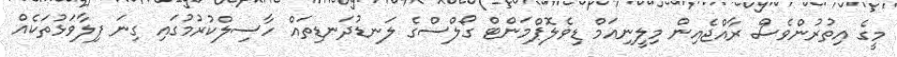
މީގެ އިތުރުންވެސް ރާއްޖެއިން މިލީނިއަމް ޑިވެލޮޕްމަންޓް ގޯލްސްގެ ލަނޑުދަނޑިތައް ހާސިލްކުރުމުގައި ގިނަ ފިލާވަޅުތަކެއް